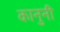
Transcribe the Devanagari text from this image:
कानुनी